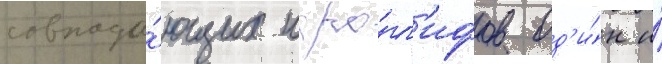
совпада́ющих иеро́гл'ифов од'и́н и́